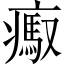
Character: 𤺶